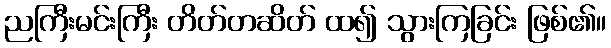
ညကြီးမင်းကြီး တိတ်တဆိတ် ထ၍ သွားကြခြင်း ဖြစ်၏။